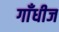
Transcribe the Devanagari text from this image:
गाँधीज